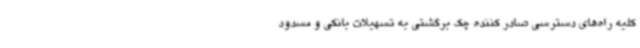
کلیه راه‌های دسترسی صادر کننده چک برگشتی به تسهیلات بانکی و مسدود